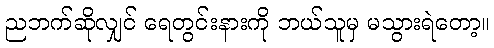
ညဘက်ဆိုလျှင် ရေတွင်းနားကို ဘယ်သူမှ မသွားရဲတော့။